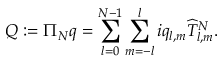
Q : = \Pi _ { N } q = \sum _ { l = 0 } ^ { N - 1 } \sum _ { m = - l } ^ { l } i q _ { l , m } \widehat { T } _ { l , m } ^ { N } .